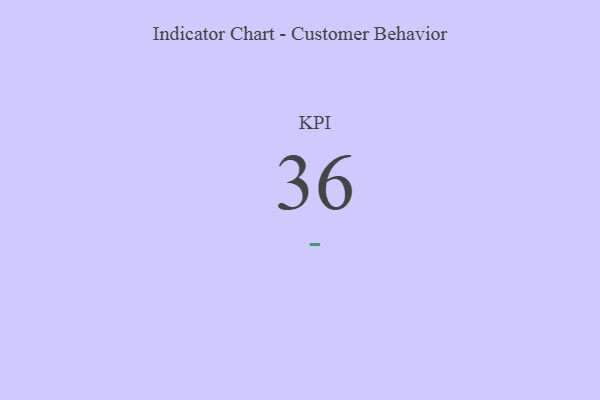
{"axis": {"x": "KPI", "y": "Value"}, "legend": [""], "data": [{"x": "KPI", "y": 36, "type": ""}]}